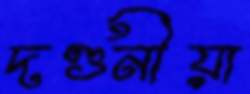
দণ্ডনীয়া